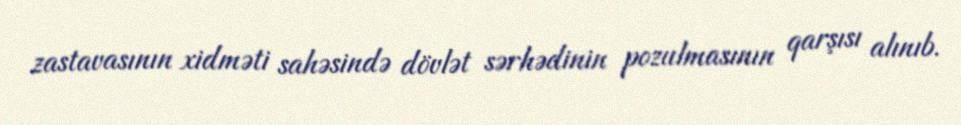
zastavasının xidməti sahəsində dövlət sərhədinin pozulmasının qarşısı alınıb.